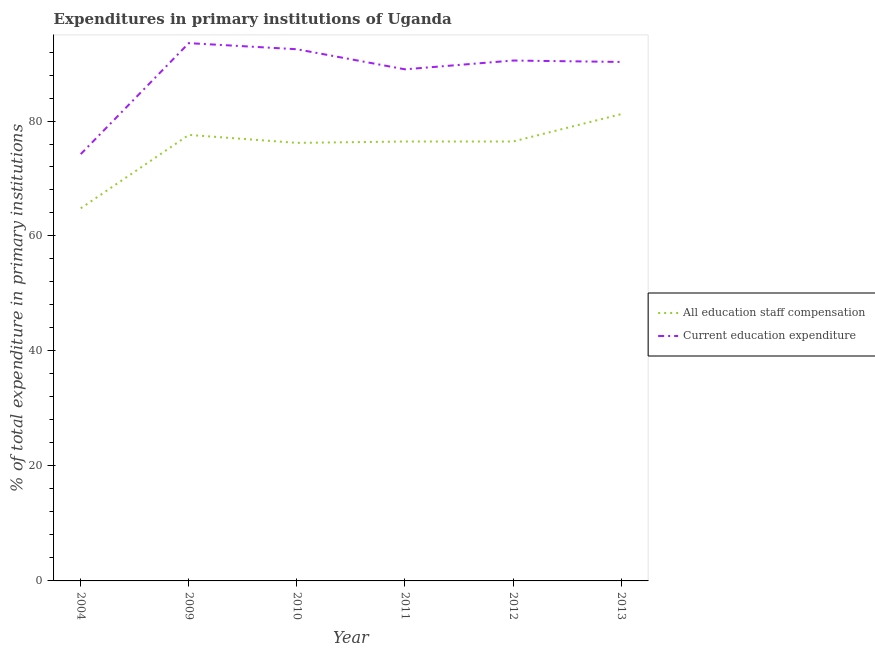
| Year | All education staff compensation | Current education expenditure |
 | --- | --- | --- |
 | 2004 | 64.8 | 74.2 |
 | 2009 | 77.6 | 93.5 |
 | 2010 | 76.2 | 92.5 |
 | 2011 | 76.4 | 89 |
 | 2012 | 76.4 | 90.5 |
 | 2013 | 81.2 | 90.3 |